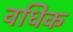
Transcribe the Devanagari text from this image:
वधिक